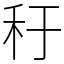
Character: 䄨